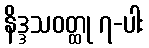
နိဒ္ဒသဝတ္ထု ၇-ပါး